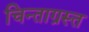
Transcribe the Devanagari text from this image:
चिन्ताग्रस्त